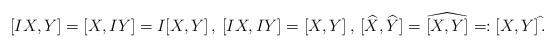
LaTeX: \begin{align*}[IX,Y]=[X,IY]=I[X,Y]\,,\,[IX,IY]=[X,Y]\,,\,[\widehat{X},\widehat{Y}]=\widehat{[X,Y]}=:[X,Y]^{\,\widehat{}}.\end{align*}